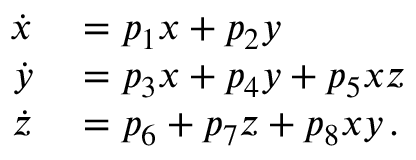
\begin{array} { r l } { \dot { x } } & { { } = p _ { 1 } x + p _ { 2 } y } \\ { \dot { y } } & { { } = p _ { 3 } x + p _ { 4 } y + p _ { 5 } x z } \\ { \dot { z } } & { { } = p _ { 6 } + p _ { 7 } z + p _ { 8 } x y \, . } \end{array}